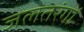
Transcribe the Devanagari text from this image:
जलतरंगों